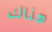
هناك